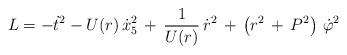
LaTeX: \begin{align*}L = - {\dot t}^{2} - U(r) \,{\dot x_{5}}^{2} \,+\, \frac{1}{U(r)} \,{\dot r}^{2} \,+\, \left(r^{2} \,+\, P^{2}\right) \,{\dot \varphi}^{2}\end{align*}